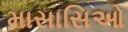
માસાસિઓ